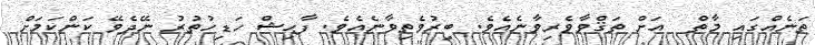
ތަނެއްގައި މާތް  އަށް ތަޤްވާވެރިވާނެއެވެ. ބިރުވެތިވާނެއެވެ. ފާޙިޝް ހަޑިހުތުރު ނޭދެވޭ ކަންކަމަށް